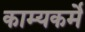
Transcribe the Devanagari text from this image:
काम्यकर्मे